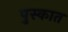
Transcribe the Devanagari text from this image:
पुस्कात